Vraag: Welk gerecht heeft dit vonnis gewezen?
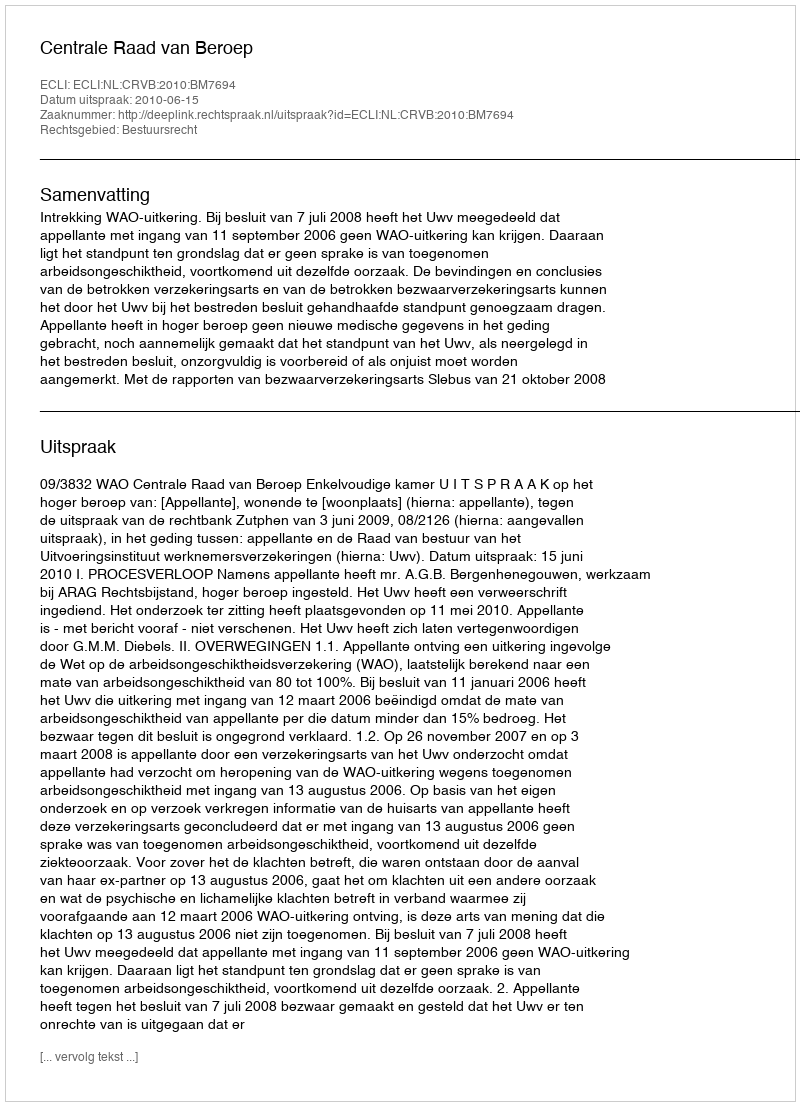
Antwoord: Centrale Raad van Beroep